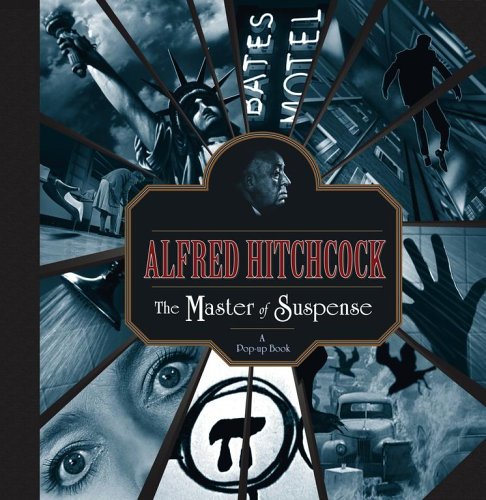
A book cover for Alfred Hitchcock: The Master of Suspense: A Pop-up Book; Kees Moerbeek; Humor & Entertainment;